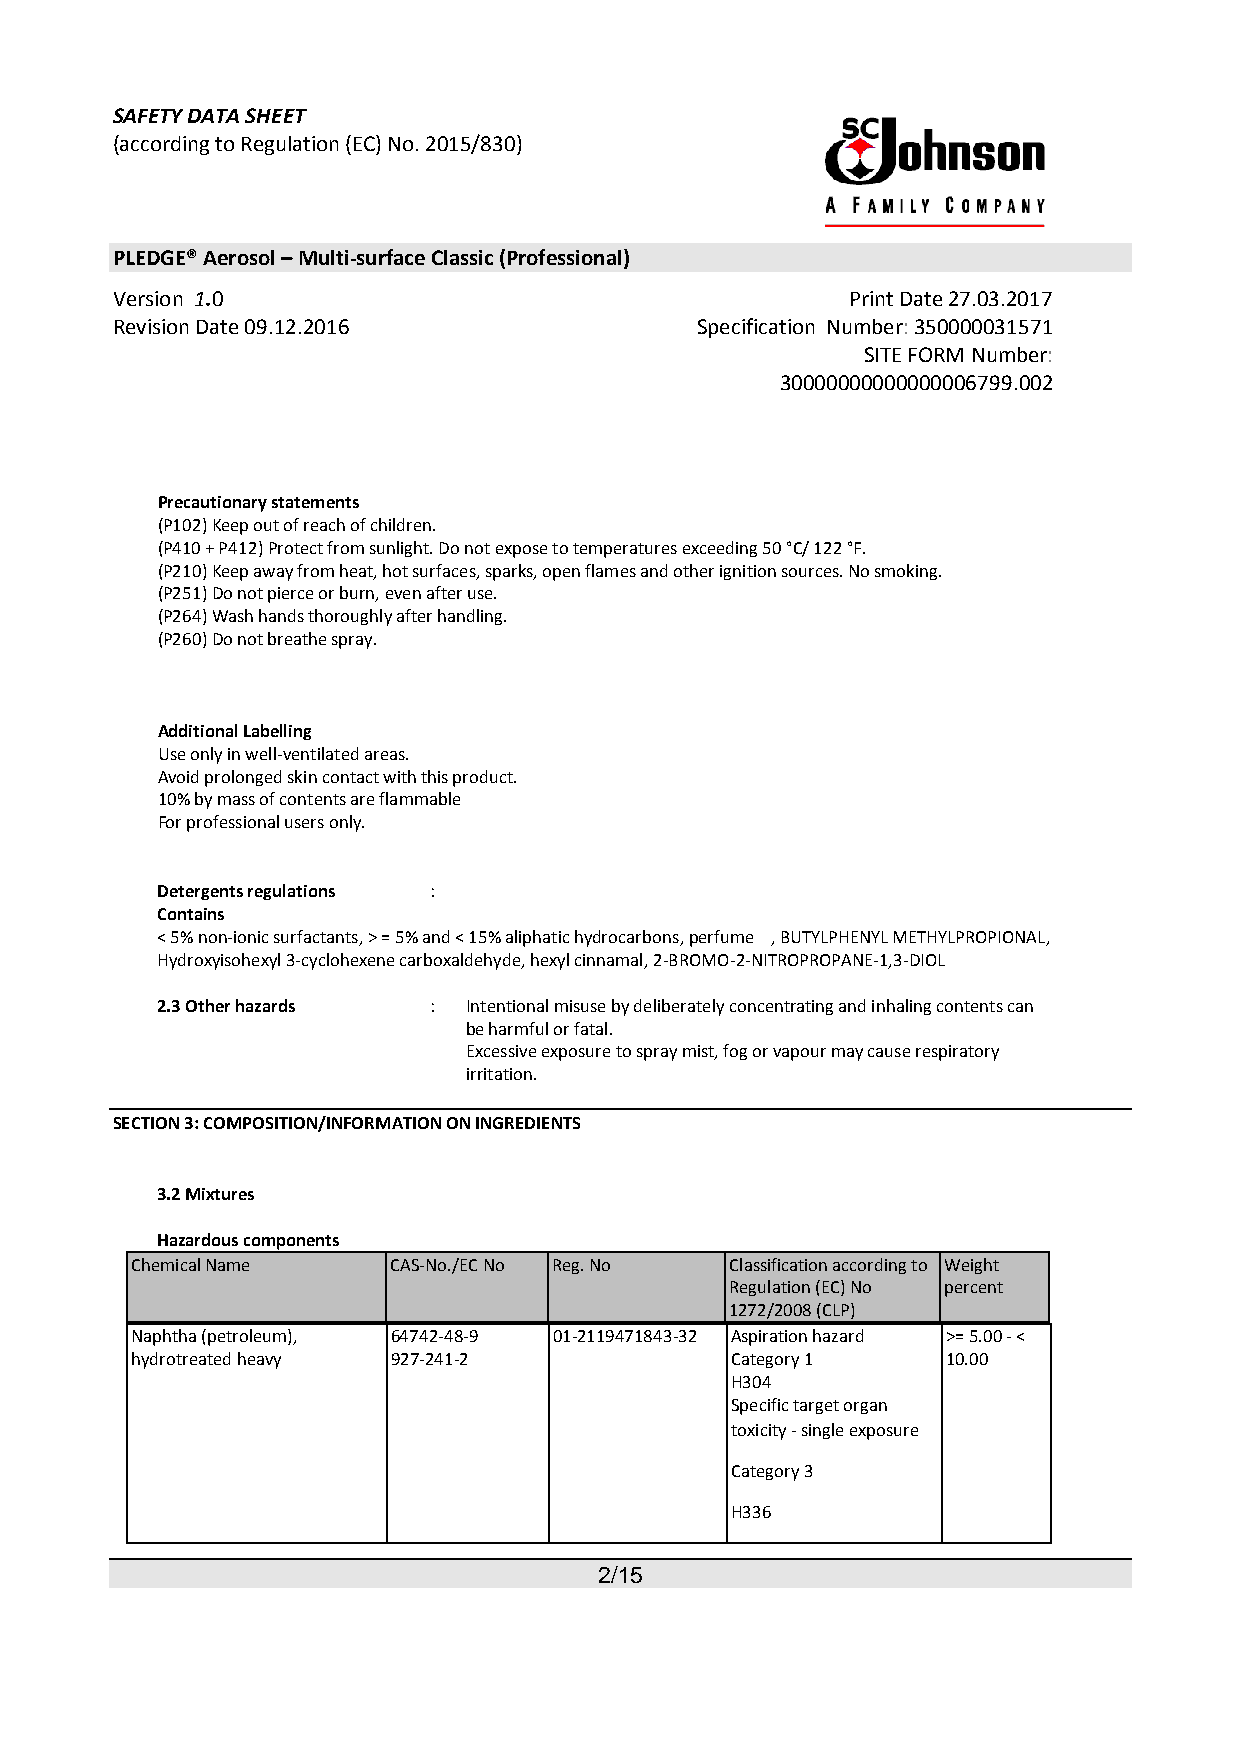
SAFETY DATA SHEET
 (according to Regulation (EC) No. 2015/830)
 PLEDGE® Aerosol – Multi-surface Classic (Professional)
 Version 1.0                                      Print Date 27.03.2017
 Revision Date 09.12.2016               Specification Number: 350000031571
 SITE FORM Number:
 30000000000000006799.002
 Precautionary statements
 (P102) Keep out of reach of children.
 (P410 + P412) Protect from sunlight. Do not expose to temperatures exceeding 50 °C/ 122 °F.
 (P210) Keep away from heat, hot surfaces, sparks, open flames and other ignition sources. No smoking.
 (P251) Do not pierce or burn, even after use.
 (P264) Wash hands thoroughly after handling.
 (P260) Do not breathe spray.
 Additional Labelling
 Use only in well-ventilated areas.
 Avoid prolonged skin contact with this product.
 10% by mass of contents are flammable
 For professional users only.
 Detergents regulations :
 Contains
 < 5% non-ionic surfactants, > = 5% and < 15% aliphatic hydrocarbons, perfume , BUTYLPHENYL METHYLPROPIONAL,
 Hydroxyisohexyl 3-cyclohexene carboxaldehyde, hexyl cinnamal, 2-BROMO-2-NITROPROPANE-1,3-DIOL
 2.3 Other hazards :  Intentional misuse by deliberately concentrating and inhaling contents can
 be harmful or fatal.
 Excessive exposure to spray mist, fog or vapour may cause respiratory
 irritation.
 SECTION 3: COMPOSITION/INFORMATION ON INGREDIENTS
 3.2 Mixtures
 Hazardous components
 Chemical Name    CAS-No./EC No Reg. No Classification according to Weight
 Regulation (EC) No percent
 1272/2008 (CLP)
 Naphtha (petroleum), 64742-48-9 01-2119471843-32 Aspiration hazard >= 5.00 - <
 hydrotreated heavy 927-241-2           Category 1     10.00
 H304
 Specific target organ
 toxicity - single exposure
 Category 3
 H336
 2/15